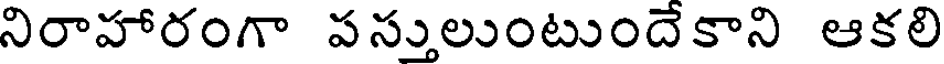
నిరాహారంగా పస్తులుంటుందేకాని ఆకలి